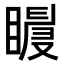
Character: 𥋀